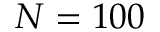
N = 1 0 0